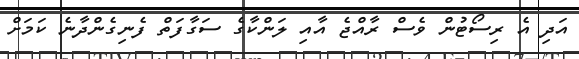
އަދި އެ ރިސޯޓުން ވެސް ރާއްޖެ އާއި ލަންކާގެ ސަގާފަތް ފެނިގެންދާނެ ކަމަށް